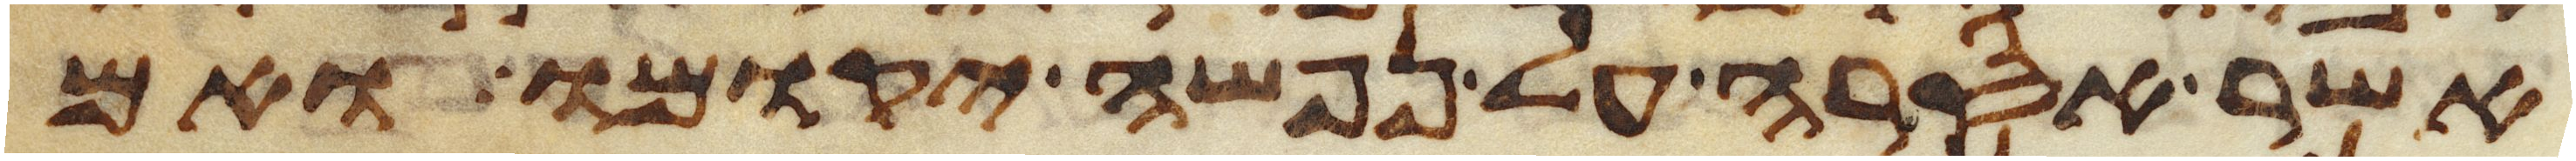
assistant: אשר אסרה על נפשה יקומו ואם